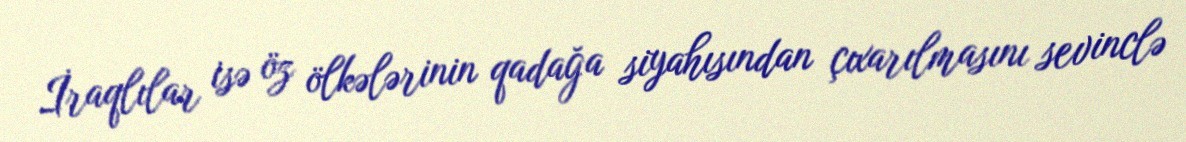
İraqlılar isə öz ölkələrinin qadağa siyahısından çıxarılmasını sevinclə